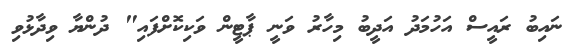
ނައިބު ރައީސް އަހުމަދު އަދީބު މިހާރު ވަނީ ޕާޓީން ވަކިކޮށްފައި" ދުންޔާ ވިދާޅުވި